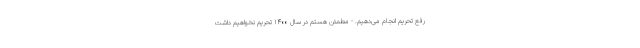
رفع تحریم انجام می‌دهیم. - مطمئن هستم در سال ۱۴۰۰ تحریم نخواهیم داشت